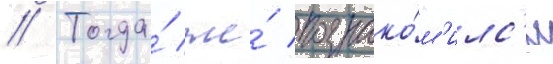
// Тогда́ же́ познако́м'илс'я